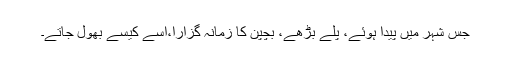
جس شہر میں پیدا ہوئے، پلے بڑھے، بچپن کا زمانہ گزارا،اسے کیسے بھول جاتے۔